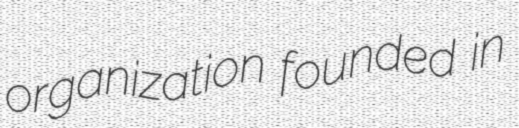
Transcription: organization founded in